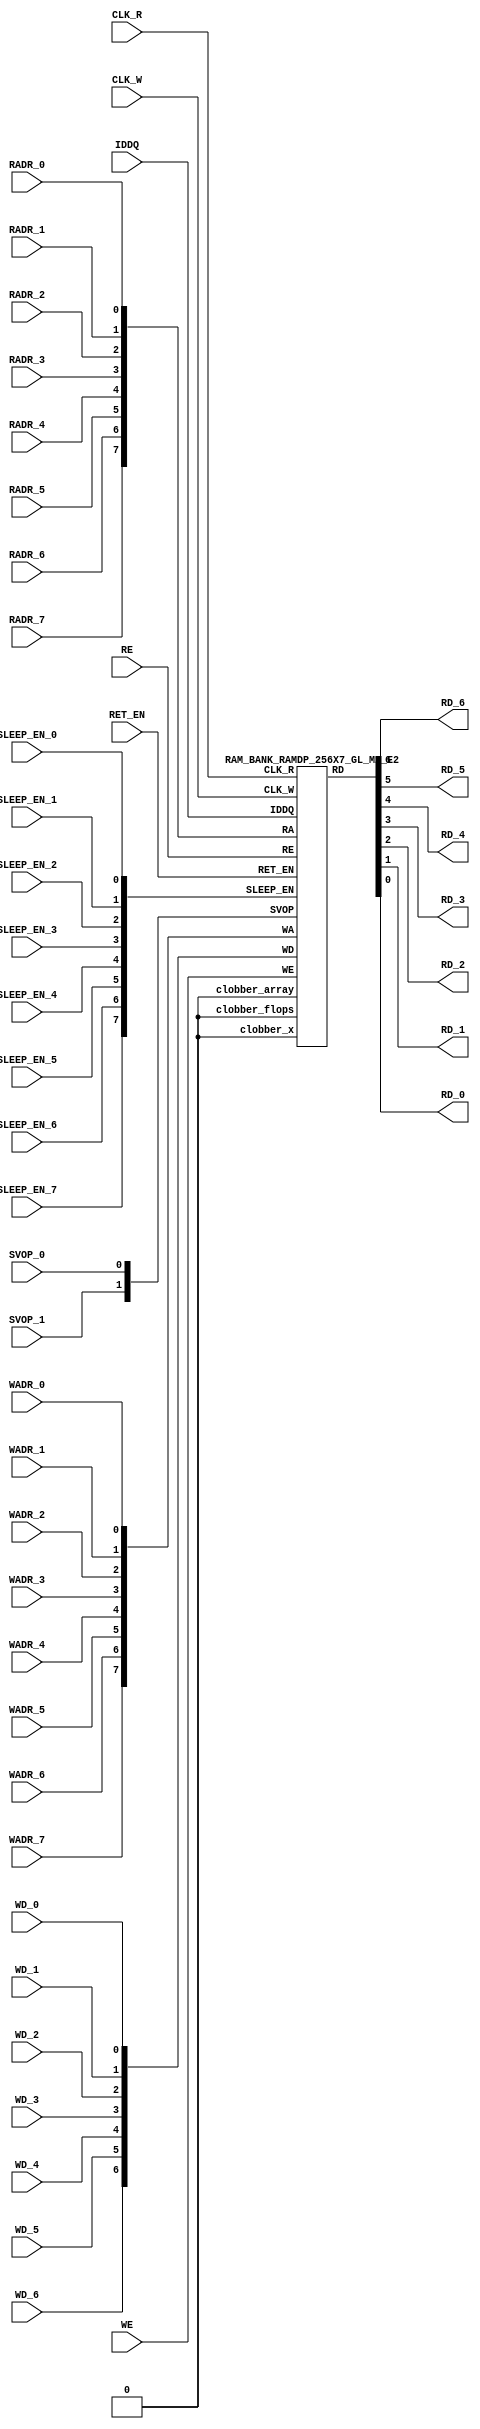
// ================================================================
// NVDLA Open Source Project
//
// Copyright(c) 2016 - 2017 NVIDIA Corporation. Licensed under the
// NVDLA Open Hardware License; Check "LICENSE" which comes with
// this distribution for more information.
// ================================================================
`timescale 10ps/1ps
`celldefine
module RAMDP_256X7_GL_M2_E2 (CLK_R, CLK_W, RE, WE
 , RADR_7, RADR_6, RADR_5, RADR_4, RADR_3, RADR_2, RADR_1, RADR_0
    , WADR_7, WADR_6, WADR_5, WADR_4, WADR_3, WADR_2, WADR_1, WADR_0
 , WD_6, WD_5, WD_4, WD_3, WD_2, WD_1, WD_0
 , RD_6, RD_5, RD_4, RD_3, RD_2, RD_1, RD_0
    , IDDQ
 , SVOP_1, SVOP_0
    , SLEEP_EN_7, SLEEP_EN_6, SLEEP_EN_5, SLEEP_EN_4, SLEEP_EN_3, SLEEP_EN_2, SLEEP_EN_1, SLEEP_EN_0, RET_EN
);
// nvProps NoBus SLEEP_EN_
`ifndef RAM_INTERFACE
`ifndef EMULATION
`ifndef SYNTHESIS
// Physical ram size defined as localparam
localparam phy_rows = 128;
localparam phy_cols = 14;
localparam phy_rcols_pos = 14'b0;
`endif //ndef SYNTHESIS
`endif //EMULATION
`endif //ndef RAM_INTERFACE
input CLK_R, CLK_W, RE, WE
 , RADR_7, RADR_6, RADR_5, RADR_4, RADR_3, RADR_2, RADR_1, RADR_0
    , WADR_7, WADR_6, WADR_5, WADR_4, WADR_3, WADR_2, WADR_1, WADR_0
 , WD_6, WD_5, WD_4, WD_3, WD_2, WD_1, WD_0
    , SLEEP_EN_7, SLEEP_EN_6, SLEEP_EN_5, SLEEP_EN_4, SLEEP_EN_3, SLEEP_EN_2, SLEEP_EN_1, SLEEP_EN_0, RET_EN
    , IDDQ
 , SVOP_1, SVOP_0;
output RD_6, RD_5, RD_4, RD_3, RD_2, RD_1, RD_0;
`ifndef RAM_INTERFACE
//assemble & rename wires
 wire [7:0] RA = {RADR_7, RADR_6, RADR_5, RADR_4, RADR_3, RADR_2, RADR_1, RADR_0};
 wire [7:0] WA = {WADR_7, WADR_6, WADR_5, WADR_4, WADR_3, WADR_2, WADR_1, WADR_0};
 wire [6:0] WD = {WD_6, WD_5, WD_4, WD_3, WD_2, WD_1, WD_0};
 wire [6:0] RD;
 assign {RD_6, RD_5, RD_4, RD_3, RD_2, RD_1, RD_0} = RD;
 wire [1:0] SVOP = {SVOP_1, SVOP_0};
    wire [7:0] SLEEP_EN = {SLEEP_EN_7, SLEEP_EN_6, SLEEP_EN_5, SLEEP_EN_4, SLEEP_EN_3, SLEEP_EN_2, SLEEP_EN_1, SLEEP_EN_0};
`ifndef EMULATION
`ifndef SYNTHESIS
//State point clobering signals:
    wire check_x = (SVOP_0 ^ SVOP_1);
    wire clobber_x;
    assign clobber_x = ((check_x === 1'bx) || (check_x === 1'bz)) ? 1'b1 : 1'b0;
    wire clobber_array = ((|SLEEP_EN) & ~RET_EN) | clobber_x;
    wire clobber_flops = (|SLEEP_EN) | clobber_x;
    integer i;
    always @(clobber_array) begin
      if (clobber_array) begin
      for (i=0; i<256; i=i+1) begin
          ITOP.io.array[i] <= 7'bx;
      end
      end
    end
//VCS coverage off
    always @(clobber_flops) begin
        if (clobber_flops) begin
        ITOP.we_lat <= 1'bx;
        ITOP.wa_lat <= 8'bx;
        ITOP.wd_lat <= 7'bx;
        ITOP.re_lat <= 1'bx;
        ITOP.ra_lat <= 8'bx;
        ITOP.io.r0_dout_tmp <= 7'b0;
        end
    end
//VCS coverage on
//VCS coverage off
`ifdef NV_RAM_ASSERT
//first reset signal for nv_assert_module:
    reg sim_reset;
    initial begin: init_sim_reset
        sim_reset = 0;
        #6 sim_reset = 1;
    end
    reg rst_clk;
    initial begin: init_rst_clk
        rst_clk = 0;
        #2 rst_clk = 1;
        #4 rst_clk = 0;
    end
//internal weclk|reclk gating signal:
    wire weclk_gating = ITOP.we_lat & ~IDDQ;
    wire reclk_gating = ITOP.re_lat & ~IDDQ;
//Assertion checks for power sequence of G-option RAMDP:
//weclk_gating after 2 clk
    reg weclk_gating_1p, weclk_gating_2p;
    always @(posedge CLK_W) begin
        weclk_gating_1p <= weclk_gating;
        weclk_gating_2p <= weclk_gating_1p;
    end
//reclk_gating after 2 clk
    reg reclk_gating_1p, reclk_gating_2p;
    always @(posedge CLK_R) begin
        reclk_gating_1p <= reclk_gating;
        reclk_gating_2p <= reclk_gating_1p;
    end
//RET_EN off after 2 CLK_W
    reg ret_en_w_1p, ret_en_w_2p;
    always @(posedge CLK_W or posedge RET_EN) begin
        if(RET_EN)
            begin
                ret_en_w_1p <= 1'b1;
                ret_en_w_2p <= 1'b1;
            end
        else
            begin
                ret_en_w_1p <= RET_EN;
                ret_en_w_2p <= ret_en_w_1p;
            end
    end
//RET_EN off after 2 CLK_R
    reg ret_en_r_1p, ret_en_r_2p;
    always @(posedge CLK_R or posedge RET_EN) begin
        if(RET_EN)
            begin
                ret_en_r_1p <= 1'b1;
                ret_en_r_2p <= 1'b1;
            end
        else
            begin
                ret_en_r_1p <= RET_EN;
                ret_en_r_2p <= ret_en_r_1p;
            end
    end
    wire sleep_en_or = (|SLEEP_EN) ;
//SLEEP_EN off after 2 CLK_W
    reg sleep_en_off_w_1p, sleep_en_off_w_2p;
    always @(posedge CLK_W or posedge sleep_en_or) begin
        if(sleep_en_or)
            begin
                sleep_en_off_w_1p <= 1'b1;
                sleep_en_off_w_2p <= 1'b1;
            end
        else
            begin
                sleep_en_off_w_1p <= sleep_en_or;
                sleep_en_off_w_2p <= sleep_en_off_w_1p;
            end
    end
//SLEEP_EN off after 2 CLK_R
    reg sleep_en_off_r_1p, sleep_en_off_r_2p;
    always @(posedge CLK_R or posedge sleep_en_or) begin
        if(sleep_en_or)
            begin
                sleep_en_off_r_1p <= 1'b1;
                sleep_en_off_r_2p <= 1'b1;
            end
        else
            begin
                sleep_en_off_r_1p <= |sleep_en_or;
                sleep_en_off_r_2p <= sleep_en_off_r_1p;
            end
    end
//#1 From function mode to retention mode:
//Power-S1.1:illegal assert RET_EN after asserting SLEEP_EN
    wire disable_power_assertion_S1P1 = $test$plusargs("disable_power_assertions_globally") | $test$plusargs("disable_power_assertion_assert_RET_EN_after_SLEEP_EN_on_when_function2retention");
    nv_assert_never #(0,0, "Power-S1.1:illegal assert RET_EN after asserting SLEEP_EN") inst_S1P1 (RET_EN ^ rst_clk, ~disable_power_assertion_S1P1 & sim_reset, (|SLEEP_EN));
//Power-S1.2:illegal assert RET_EN without 2 nop-CLK
    wire disable_power_assertion_S1P2 = $test$plusargs("disable_power_assertions_globally") | $test$plusargs("disable_power_assertion_assert_RET_EN_without_2_nop_CLK");
    nv_assert_never #(0,0, "Power-S1.2:illegal assert RET_EN without 2 nop-CLK") inst_S1P2 (RET_EN ^ rst_clk, ~disable_power_assertion_S1P2 & sim_reset, weclk_gating | weclk_gating_1p | weclk_gating_2p | reclk_gating | reclk_gating_1p | reclk_gating_2p);
//#2 From retention mode to function mode:
//Power-S2.1:illegal write without 2 nop-CLK after de-asserting RET_EN
    wire disable_power_assertion_S2P1 = $test$plusargs("disable_power_assertions_globally") | $test$plusargs("disable_power_assertion_write_without_2_nop_CLK_after_retention2function");
    nv_assert_never #(0,0, "Power-S2.1:illegal write without 2 nop-CLK after de-asserting RET_EN") inst_S2P1 (CLK_W ^ rst_clk, ~disable_power_assertion_S2P1 & sim_reset, ~RET_EN & ret_en_w_2p & weclk_gating);
//Power-S2.2:illegal read without 2 nop-CLK after de-asserting RET_EN
    wire disable_power_assertion_S2P2 = $test$plusargs("disable_power_assertions_globally") | $test$plusargs("disable_power_assertion_read_without_2_nop_CLK_after_retention2function");
    nv_assert_never #(0,0, "Power-S2.2:illegal read without 2 nop-CLK after de-asserting RET_EN") inst_S2P2 (CLK_R ^ rst_clk, ~disable_power_assertion_S2P2 & sim_reset, ~RET_EN & ret_en_r_2p & reclk_gating);
//#3 From function mode to sleep mode:
//Power-S3.2:illegal assert SLEEP_EN without 2 nop-CLK
    wire disable_power_assertion_S3P2 = $test$plusargs("disable_power_assertions_globally") | $test$plusargs("disable_power_assertion_assert_SLEEP_EN_without_2_nop_CLK");
    nv_assert_never #(0,0, "Power-S3.2:illegal assert SLEEP_EN without 2 nop-CLK") inst_S3P2 ((|SLEEP_EN) ^ rst_clk, ~disable_power_assertion_S3P2 & sim_reset, weclk_gating | weclk_gating_1p | weclk_gating_2p | reclk_gating | reclk_gating_1p | reclk_gating_2p);
//#4 From sleep mode to function mode:
//Power-S4.1:illegal write without 2 nop-CLK after switching from sleep mode to function mode
    wire disable_power_assertion_S4P1 = $test$plusargs("disable_power_assertions_globally") | $test$plusargs("disable_power_assertion_write_without_2_nop_CLK_after_sleep2function");
    nv_assert_never #(0,0, "Power-S4.1:illegal write without 2 nop-CLK after switching from sleep mode to function mode") inst_S4P1 (CLK_W ^ rst_clk, ~disable_power_assertion_S4P1 & sim_reset, ~(|SLEEP_EN) & sleep_en_off_w_2p & weclk_gating);
//Power-S4.2:illegal read without 2 nop-CLK after switching from sleep mode to function mode
    wire disable_power_assertion_S4P2 = $test$plusargs("disable_power_assertions_globally") | $test$plusargs("disable_power_assertion_read_without_2_nop_after_sleep2function");
    nv_assert_never #(0,0, "Power-S4.2:illegal read without 2 nop-CLK after switching from sleep mode to function mode") inst_S4P2 (CLK_R ^ rst_clk, ~disable_power_assertion_S4P2 & sim_reset, ~(|SLEEP_EN) & sleep_en_off_r_2p & reclk_gating);
`endif //NV_RAM_ASSERT
//VCS coverage on
`ifdef NV_RAM_EXPAND_ARRAY
  wire [7-1:0] Q_255 = ITOP.io.array[255];
  wire [7-1:0] Q_254 = ITOP.io.array[254];
  wire [7-1:0] Q_253 = ITOP.io.array[253];
  wire [7-1:0] Q_252 = ITOP.io.array[252];
  wire [7-1:0] Q_251 = ITOP.io.array[251];
  wire [7-1:0] Q_250 = ITOP.io.array[250];
  wire [7-1:0] Q_249 = ITOP.io.array[249];
  wire [7-1:0] Q_248 = ITOP.io.array[248];
  wire [7-1:0] Q_247 = ITOP.io.array[247];
  wire [7-1:0] Q_246 = ITOP.io.array[246];
  wire [7-1:0] Q_245 = ITOP.io.array[245];
  wire [7-1:0] Q_244 = ITOP.io.array[244];
  wire [7-1:0] Q_243 = ITOP.io.array[243];
  wire [7-1:0] Q_242 = ITOP.io.array[242];
  wire [7-1:0] Q_241 = ITOP.io.array[241];
  wire [7-1:0] Q_240 = ITOP.io.array[240];
  wire [7-1:0] Q_239 = ITOP.io.array[239];
  wire [7-1:0] Q_238 = ITOP.io.array[238];
  wire [7-1:0] Q_237 = ITOP.io.array[237];
  wire [7-1:0] Q_236 = ITOP.io.array[236];
  wire [7-1:0] Q_235 = ITOP.io.array[235];
  wire [7-1:0] Q_234 = ITOP.io.array[234];
  wire [7-1:0] Q_233 = ITOP.io.array[233];
  wire [7-1:0] Q_232 = ITOP.io.array[232];
  wire [7-1:0] Q_231 = ITOP.io.array[231];
  wire [7-1:0] Q_230 = ITOP.io.array[230];
  wire [7-1:0] Q_229 = ITOP.io.array[229];
  wire [7-1:0] Q_228 = ITOP.io.array[228];
  wire [7-1:0] Q_227 = ITOP.io.array[227];
  wire [7-1:0] Q_226 = ITOP.io.array[226];
  wire [7-1:0] Q_225 = ITOP.io.array[225];
  wire [7-1:0] Q_224 = ITOP.io.array[224];
  wire [7-1:0] Q_223 = ITOP.io.array[223];
  wire [7-1:0] Q_222 = ITOP.io.array[222];
  wire [7-1:0] Q_221 = ITOP.io.array[221];
  wire [7-1:0] Q_220 = ITOP.io.array[220];
  wire [7-1:0] Q_219 = ITOP.io.array[219];
  wire [7-1:0] Q_218 = ITOP.io.array[218];
  wire [7-1:0] Q_217 = ITOP.io.array[217];
  wire [7-1:0] Q_216 = ITOP.io.array[216];
  wire [7-1:0] Q_215 = ITOP.io.array[215];
  wire [7-1:0] Q_214 = ITOP.io.array[214];
  wire [7-1:0] Q_213 = ITOP.io.array[213];
  wire [7-1:0] Q_212 = ITOP.io.array[212];
  wire [7-1:0] Q_211 = ITOP.io.array[211];
  wire [7-1:0] Q_210 = ITOP.io.array[210];
  wire [7-1:0] Q_209 = ITOP.io.array[209];
  wire [7-1:0] Q_208 = ITOP.io.array[208];
  wire [7-1:0] Q_207 = ITOP.io.array[207];
  wire [7-1:0] Q_206 = ITOP.io.array[206];
  wire [7-1:0] Q_205 = ITOP.io.array[205];
  wire [7-1:0] Q_204 = ITOP.io.array[204];
  wire [7-1:0] Q_203 = ITOP.io.array[203];
  wire [7-1:0] Q_202 = ITOP.io.array[202];
  wire [7-1:0] Q_201 = ITOP.io.array[201];
  wire [7-1:0] Q_200 = ITOP.io.array[200];
  wire [7-1:0] Q_199 = ITOP.io.array[199];
  wire [7-1:0] Q_198 = ITOP.io.array[198];
  wire [7-1:0] Q_197 = ITOP.io.array[197];
  wire [7-1:0] Q_196 = ITOP.io.array[196];
  wire [7-1:0] Q_195 = ITOP.io.array[195];
  wire [7-1:0] Q_194 = ITOP.io.array[194];
  wire [7-1:0] Q_193 = ITOP.io.array[193];
  wire [7-1:0] Q_192 = ITOP.io.array[192];
  wire [7-1:0] Q_191 = ITOP.io.array[191];
  wire [7-1:0] Q_190 = ITOP.io.array[190];
  wire [7-1:0] Q_189 = ITOP.io.array[189];
  wire [7-1:0] Q_188 = ITOP.io.array[188];
  wire [7-1:0] Q_187 = ITOP.io.array[187];
  wire [7-1:0] Q_186 = ITOP.io.array[186];
  wire [7-1:0] Q_185 = ITOP.io.array[185];
  wire [7-1:0] Q_184 = ITOP.io.array[184];
  wire [7-1:0] Q_183 = ITOP.io.array[183];
  wire [7-1:0] Q_182 = ITOP.io.array[182];
  wire [7-1:0] Q_181 = ITOP.io.array[181];
  wire [7-1:0] Q_180 = ITOP.io.array[180];
  wire [7-1:0] Q_179 = ITOP.io.array[179];
  wire [7-1:0] Q_178 = ITOP.io.array[178];
  wire [7-1:0] Q_177 = ITOP.io.array[177];
  wire [7-1:0] Q_176 = ITOP.io.array[176];
  wire [7-1:0] Q_175 = ITOP.io.array[175];
  wire [7-1:0] Q_174 = ITOP.io.array[174];
  wire [7-1:0] Q_173 = ITOP.io.array[173];
  wire [7-1:0] Q_172 = ITOP.io.array[172];
  wire [7-1:0] Q_171 = ITOP.io.array[171];
  wire [7-1:0] Q_170 = ITOP.io.array[170];
  wire [7-1:0] Q_169 = ITOP.io.array[169];
  wire [7-1:0] Q_168 = ITOP.io.array[168];
  wire [7-1:0] Q_167 = ITOP.io.array[167];
  wire [7-1:0] Q_166 = ITOP.io.array[166];
  wire [7-1:0] Q_165 = ITOP.io.array[165];
  wire [7-1:0] Q_164 = ITOP.io.array[164];
  wire [7-1:0] Q_163 = ITOP.io.array[163];
  wire [7-1:0] Q_162 = ITOP.io.array[162];
  wire [7-1:0] Q_161 = ITOP.io.array[161];
  wire [7-1:0] Q_160 = ITOP.io.array[160];
  wire [7-1:0] Q_159 = ITOP.io.array[159];
  wire [7-1:0] Q_158 = ITOP.io.array[158];
  wire [7-1:0] Q_157 = ITOP.io.array[157];
  wire [7-1:0] Q_156 = ITOP.io.array[156];
  wire [7-1:0] Q_155 = ITOP.io.array[155];
  wire [7-1:0] Q_154 = ITOP.io.array[154];
  wire [7-1:0] Q_153 = ITOP.io.array[153];
  wire [7-1:0] Q_152 = ITOP.io.array[152];
  wire [7-1:0] Q_151 = ITOP.io.array[151];
  wire [7-1:0] Q_150 = ITOP.io.array[150];
  wire [7-1:0] Q_149 = ITOP.io.array[149];
  wire [7-1:0] Q_148 = ITOP.io.array[148];
  wire [7-1:0] Q_147 = ITOP.io.array[147];
  wire [7-1:0] Q_146 = ITOP.io.array[146];
  wire [7-1:0] Q_145 = ITOP.io.array[145];
  wire [7-1:0] Q_144 = ITOP.io.array[144];
  wire [7-1:0] Q_143 = ITOP.io.array[143];
  wire [7-1:0] Q_142 = ITOP.io.array[142];
  wire [7-1:0] Q_141 = ITOP.io.array[141];
  wire [7-1:0] Q_140 = ITOP.io.array[140];
  wire [7-1:0] Q_139 = ITOP.io.array[139];
  wire [7-1:0] Q_138 = ITOP.io.array[138];
  wire [7-1:0] Q_137 = ITOP.io.array[137];
  wire [7-1:0] Q_136 = ITOP.io.array[136];
  wire [7-1:0] Q_135 = ITOP.io.array[135];
  wire [7-1:0] Q_134 = ITOP.io.array[134];
  wire [7-1:0] Q_133 = ITOP.io.array[133];
  wire [7-1:0] Q_132 = ITOP.io.array[132];
  wire [7-1:0] Q_131 = ITOP.io.array[131];
  wire [7-1:0] Q_130 = ITOP.io.array[130];
  wire [7-1:0] Q_129 = ITOP.io.array[129];
  wire [7-1:0] Q_128 = ITOP.io.array[128];
  wire [7-1:0] Q_127 = ITOP.io.array[127];
  wire [7-1:0] Q_126 = ITOP.io.array[126];
  wire [7-1:0] Q_125 = ITOP.io.array[125];
  wire [7-1:0] Q_124 = ITOP.io.array[124];
  wire [7-1:0] Q_123 = ITOP.io.array[123];
  wire [7-1:0] Q_122 = ITOP.io.array[122];
  wire [7-1:0] Q_121 = ITOP.io.array[121];
  wire [7-1:0] Q_120 = ITOP.io.array[120];
  wire [7-1:0] Q_119 = ITOP.io.array[119];
  wire [7-1:0] Q_118 = ITOP.io.array[118];
  wire [7-1:0] Q_117 = ITOP.io.array[117];
  wire [7-1:0] Q_116 = ITOP.io.array[116];
  wire [7-1:0] Q_115 = ITOP.io.array[115];
  wire [7-1:0] Q_114 = ITOP.io.array[114];
  wire [7-1:0] Q_113 = ITOP.io.array[113];
  wire [7-1:0] Q_112 = ITOP.io.array[112];
  wire [7-1:0] Q_111 = ITOP.io.array[111];
  wire [7-1:0] Q_110 = ITOP.io.array[110];
  wire [7-1:0] Q_109 = ITOP.io.array[109];
  wire [7-1:0] Q_108 = ITOP.io.array[108];
  wire [7-1:0] Q_107 = ITOP.io.array[107];
  wire [7-1:0] Q_106 = ITOP.io.array[106];
  wire [7-1:0] Q_105 = ITOP.io.array[105];
  wire [7-1:0] Q_104 = ITOP.io.array[104];
  wire [7-1:0] Q_103 = ITOP.io.array[103];
  wire [7-1:0] Q_102 = ITOP.io.array[102];
  wire [7-1:0] Q_101 = ITOP.io.array[101];
  wire [7-1:0] Q_100 = ITOP.io.array[100];
  wire [7-1:0] Q_99 = ITOP.io.array[99];
  wire [7-1:0] Q_98 = ITOP.io.array[98];
  wire [7-1:0] Q_97 = ITOP.io.array[97];
  wire [7-1:0] Q_96 = ITOP.io.array[96];
  wire [7-1:0] Q_95 = ITOP.io.array[95];
  wire [7-1:0] Q_94 = ITOP.io.array[94];
  wire [7-1:0] Q_93 = ITOP.io.array[93];
  wire [7-1:0] Q_92 = ITOP.io.array[92];
  wire [7-1:0] Q_91 = ITOP.io.array[91];
  wire [7-1:0] Q_90 = ITOP.io.array[90];
  wire [7-1:0] Q_89 = ITOP.io.array[89];
  wire [7-1:0] Q_88 = ITOP.io.array[88];
  wire [7-1:0] Q_87 = ITOP.io.array[87];
  wire [7-1:0] Q_86 = ITOP.io.array[86];
  wire [7-1:0] Q_85 = ITOP.io.array[85];
  wire [7-1:0] Q_84 = ITOP.io.array[84];
  wire [7-1:0] Q_83 = ITOP.io.array[83];
  wire [7-1:0] Q_82 = ITOP.io.array[82];
  wire [7-1:0] Q_81 = ITOP.io.array[81];
  wire [7-1:0] Q_80 = ITOP.io.array[80];
  wire [7-1:0] Q_79 = ITOP.io.array[79];
  wire [7-1:0] Q_78 = ITOP.io.array[78];
  wire [7-1:0] Q_77 = ITOP.io.array[77];
  wire [7-1:0] Q_76 = ITOP.io.array[76];
  wire [7-1:0] Q_75 = ITOP.io.array[75];
  wire [7-1:0] Q_74 = ITOP.io.array[74];
  wire [7-1:0] Q_73 = ITOP.io.array[73];
  wire [7-1:0] Q_72 = ITOP.io.array[72];
  wire [7-1:0] Q_71 = ITOP.io.array[71];
  wire [7-1:0] Q_70 = ITOP.io.array[70];
  wire [7-1:0] Q_69 = ITOP.io.array[69];
  wire [7-1:0] Q_68 = ITOP.io.array[68];
  wire [7-1:0] Q_67 = ITOP.io.array[67];
  wire [7-1:0] Q_66 = ITOP.io.array[66];
  wire [7-1:0] Q_65 = ITOP.io.array[65];
  wire [7-1:0] Q_64 = ITOP.io.array[64];
  wire [7-1:0] Q_63 = ITOP.io.array[63];
  wire [7-1:0] Q_62 = ITOP.io.array[62];
  wire [7-1:0] Q_61 = ITOP.io.array[61];
  wire [7-1:0] Q_60 = ITOP.io.array[60];
  wire [7-1:0] Q_59 = ITOP.io.array[59];
  wire [7-1:0] Q_58 = ITOP.io.array[58];
  wire [7-1:0] Q_57 = ITOP.io.array[57];
  wire [7-1:0] Q_56 = ITOP.io.array[56];
  wire [7-1:0] Q_55 = ITOP.io.array[55];
  wire [7-1:0] Q_54 = ITOP.io.array[54];
  wire [7-1:0] Q_53 = ITOP.io.array[53];
  wire [7-1:0] Q_52 = ITOP.io.array[52];
  wire [7-1:0] Q_51 = ITOP.io.array[51];
  wire [7-1:0] Q_50 = ITOP.io.array[50];
  wire [7-1:0] Q_49 = ITOP.io.array[49];
  wire [7-1:0] Q_48 = ITOP.io.array[48];
  wire [7-1:0] Q_47 = ITOP.io.array[47];
  wire [7-1:0] Q_46 = ITOP.io.array[46];
  wire [7-1:0] Q_45 = ITOP.io.array[45];
  wire [7-1:0] Q_44 = ITOP.io.array[44];
  wire [7-1:0] Q_43 = ITOP.io.array[43];
  wire [7-1:0] Q_42 = ITOP.io.array[42];
  wire [7-1:0] Q_41 = ITOP.io.array[41];
  wire [7-1:0] Q_40 = ITOP.io.array[40];
  wire [7-1:0] Q_39 = ITOP.io.array[39];
  wire [7-1:0] Q_38 = ITOP.io.array[38];
  wire [7-1:0] Q_37 = ITOP.io.array[37];
  wire [7-1:0] Q_36 = ITOP.io.array[36];
  wire [7-1:0] Q_35 = ITOP.io.array[35];
  wire [7-1:0] Q_34 = ITOP.io.array[34];
  wire [7-1:0] Q_33 = ITOP.io.array[33];
  wire [7-1:0] Q_32 = ITOP.io.array[32];
  wire [7-1:0] Q_31 = ITOP.io.array[31];
  wire [7-1:0] Q_30 = ITOP.io.array[30];
  wire [7-1:0] Q_29 = ITOP.io.array[29];
  wire [7-1:0] Q_28 = ITOP.io.array[28];
  wire [7-1:0] Q_27 = ITOP.io.array[27];
  wire [7-1:0] Q_26 = ITOP.io.array[26];
  wire [7-1:0] Q_25 = ITOP.io.array[25];
  wire [7-1:0] Q_24 = ITOP.io.array[24];
  wire [7-1:0] Q_23 = ITOP.io.array[23];
  wire [7-1:0] Q_22 = ITOP.io.array[22];
  wire [7-1:0] Q_21 = ITOP.io.array[21];
  wire [7-1:0] Q_20 = ITOP.io.array[20];
  wire [7-1:0] Q_19 = ITOP.io.array[19];
  wire [7-1:0] Q_18 = ITOP.io.array[18];
  wire [7-1:0] Q_17 = ITOP.io.array[17];
  wire [7-1:0] Q_16 = ITOP.io.array[16];
  wire [7-1:0] Q_15 = ITOP.io.array[15];
  wire [7-1:0] Q_14 = ITOP.io.array[14];
  wire [7-1:0] Q_13 = ITOP.io.array[13];
  wire [7-1:0] Q_12 = ITOP.io.array[12];
  wire [7-1:0] Q_11 = ITOP.io.array[11];
  wire [7-1:0] Q_10 = ITOP.io.array[10];
  wire [7-1:0] Q_9 = ITOP.io.array[9];
  wire [7-1:0] Q_8 = ITOP.io.array[8];
  wire [7-1:0] Q_7 = ITOP.io.array[7];
  wire [7-1:0] Q_6 = ITOP.io.array[6];
  wire [7-1:0] Q_5 = ITOP.io.array[5];
  wire [7-1:0] Q_4 = ITOP.io.array[4];
  wire [7-1:0] Q_3 = ITOP.io.array[3];
  wire [7-1:0] Q_2 = ITOP.io.array[2];
  wire [7-1:0] Q_1 = ITOP.io.array[1];
  wire [7-1:0] Q_0 = ITOP.io.array[0];
`endif //def NV_RAM_EXPAND_ARRAY
//VCS coverage off
`ifdef MONITOR
task monitor_on;
    begin
        ITOP.io.monitor_on = 1'b1;
    end
endtask
task monitor_off;
    begin
        ITOP.io.monitor_on = 1'b0;
        ITOP.io.dump_monitor_result = 1'b1;
    end
endtask
`endif//def MONITOR
//VCS coverage on
//VCS coverage off
task mem_fill_value;
input fill_bit;
integer i;
begin
    for (i=0; i<256; i=i+1) begin
     ITOP.io.array[i] = {7{fill_bit}};
    end
end
endtask
task mem_fill_random;
integer i;
integer j;
reg [6:0] val;
begin
    for (j=0; j<256; j=j+1) begin
        for (i=0; i<7; i=i+1) begin
            val[i] = {$random};
        end
     ITOP.io.array[j] = val;
    end
end
endtask
task mem_write;
  input [7:0] addr;
  input [6:0] data;
  begin
     ITOP.io.mem_wr_raw(addr,data);
  end
endtask
function [6:0] mem_read;
  input [7:0] addr;
  begin
 mem_read = ITOP.io.mem_read_raw(addr);
  end
endfunction
task force_rd;
  input [7:0] addr;
  begin
 ITOP.io.r0_dout_tmp = ITOP.io.array[addr];
  end
endtask
`ifdef MEM_PHYS_INFO
task mem_phys_write;
  input [7-1:0] addr;
  input [13:0] data;
  reg [6:0] wd0, wd1;
  integer i;
  begin
   for (i=0; i<7; i=i+1) begin
    wd0[i] = data[i*2];
    wd1[i] = data[i*2+1];
   end
   ITOP.io.mem_wr_raw({addr[7-1:0], 1'b0}, wd0);
   ITOP.io.mem_wr_raw({addr[7-1:0], 1'b1}, wd1);
  end
endtask
function [13:0] mem_phys_read_padr;
   input [7-1:0] addr;
   reg [13:0] data;
   reg [6:0] rd0, rd1;
   integer i;
   begin
     rd0 = ITOP.io.mem_read_raw({addr[7-1:0], 1'b0});
     rd1 = ITOP.io.mem_read_raw({addr[7-1:0], 1'b1});
     for (i=0; i<=6; i=i+1) begin
     data[i*2] = rd0[i];
     data[i*2+1] = rd1[i];
    end
    mem_phys_read_padr = data;
  end
endfunction
function [7-1:0] mem_log_to_phys_adr;
    input [7:0] addr;
    begin
    mem_log_to_phys_adr = addr[7:1];
    end
endfunction
function [13:0] mem_phys_read_pmasked;
   input [7:0] addr;
   reg [13:0] data;
   reg [6:0] rd0, rd1;
   integer i;
   begin
      case (addr[0])
           1'b0: begin
                     rd0 = ITOP.io.mem_read_raw(addr);
                     rd1 = 7'bx;
                  end
           1'b1: begin
                     rd0 = 7'bx;
                     rd1 = ITOP.io.mem_read_raw(addr);
                  end
      endcase
      for (i=0; i<=6; i=i+1) begin
       data[i*2] = rd0[i];
       data[i*2+1] = rd1[i];
      end
      mem_phys_read_pmasked = data;
  end
endfunction
function [13:0] mem_phys_read_ladr;
  input [7:0] addr;
  begin
 mem_phys_read_ladr = mem_phys_read_padr(mem_log_to_phys_adr(addr));
  end
endfunction
`endif //def MEM_PHYS_INFO
`ifdef FAULT_INJECTION
task mem_fault_no_write;
  input [6:0] fault_mask;
   begin
    ITOP.io.mem_fault_no_write(fault_mask);
  end
endtask
task mem_fault_stuck_0;
  input [6:0] fault_mask;
  integer i;
   begin
    ITOP.io.mem_fault_stuck_0(fault_mask);
   end
endtask
task mem_fault_stuck_1;
  input [6:0] fault_mask;
  integer i;
   begin
    ITOP.io.mem_fault_stuck_1(fault_mask);
  end
endtask
task set_bit_fault_stuck_0;
  input r;
  input c;
  integer r;
  integer c;
    ITOP.io.set_bit_fault_stuck_0(r,c);
endtask
task set_bit_fault_stuck_1;
  input r;
  input c;
  integer r;
  integer c;
    ITOP.io.set_bit_fault_stuck_1(r,c);
endtask
task clear_bit_fault_stuck_0;
  input r;
  input c;
  integer r;
  integer c;
    ITOP.io.clear_bit_fault_stuck_0(r,c);
endtask
task clear_bit_fault_stuck_1;
  input r;
  input c;
  integer r;
  integer c;
    ITOP.io.clear_bit_fault_stuck_1(r,c);
endtask
//VCS coverage on
`endif //def FAULT_INJECTION
`else //def SYNTHESIS
    wire clobber_x;
    assign clobber_x = 1'b0;
    wire clobber_array = 1'b0;
    wire clobber_flops = 1'b0;
`endif //ndef SYNTHESIS
//instantiate memory bank
 RAM_BANK_RAMDP_256X7_GL_M2_E2 ITOP (
  .RE(RE),
  .WE(WE),
  .RA(RA),
  .WA(WA),
  .CLK_R(CLK_R),
  .CLK_W(CLK_W),
  .IDDQ(IDDQ),
  .SVOP(SVOP),
  .WD(WD),
  .RD(RD),
  .SLEEP_EN(SLEEP_EN),
        .RET_EN(RET_EN),
        .clobber_flops(clobber_flops),
        .clobber_array(clobber_array),
        .clobber_x(clobber_x)
 );
//VCS coverage off
`else //def EMULATION
// Simple emulation model without MBIST, SCAN or REDUNDANCY
//common part for write
     reg we_ff;
        reg [7:0] wa_ff;
        reg [6:0] wd_ff;
     always @(posedge CLK_W) begin // spyglass disable W391
                we_ff <= WE;
                wa_ff <= WA;
                wd_ff <= WD;
     end
//common part for read
     reg re_lat;
        always @(*) begin
      if (!CLK_R) begin
                re_lat <= RE; // spyglass disable W18
      end
     end
     wire reclk = CLK_R & re_lat;
     reg [7:0] ra_ff;
     always @(posedge CLK_R) begin // spyglass disable W391
       ra_ff <= RA;
     end
        reg [6:0] dout;
        assign RD = dout;
//memory array
     reg [6:0] array[0:255];
     always @(negedge CLK_W ) begin
            if (we_ff) begin
       array[wa_ff] <= wd_ff; // spyglass disable SYNTH_5130
            end
     end
     always @(*) begin
      if (reclk) begin
       dout <= array[ra_ff]; // spyglass disable SYNTH_5130, W18
      end
     end
// End of the simple emulation model
`endif //def EMULATION
//VCS coverage on
`endif //ndef RAM_INTERFACE
endmodule
`endcelldefine
/////////////////////////////////////////////////////////////////////////////////////////////////////////////////////////////////
/////////////////////////////// memory bank block : defines internal logic of the RAMDP /////////////////////////////////////////
/////////////////////////////////////////////////////////////////////////////////////////////////////////////////////////////////
`ifndef RAM_INTERFACE
`ifndef EMULATION
module RAM_BANK_RAMDP_256X7_GL_M2_E2 (RE, WE, RA, WA, CLK_R, CLK_W, IDDQ, SVOP, WD, RD, SLEEP_EN, RET_EN, clobber_flops, clobber_array, clobber_x
);
input RET_EN;
input RE, WE, CLK_R, CLK_W, IDDQ;
input [7:0] RA, WA;
input [6:0] WD;
input [1:0] SVOP;
input [7:0] SLEEP_EN;
input clobber_flops, clobber_array, clobber_x;
output [6:0] RD;
//State point clobering signals:
    wire output_valid = ~(clobber_x | (|SLEEP_EN));
    wire clamp_o = SLEEP_EN[7] | RET_EN;
//common part for write
    wire clk_w_iddq = CLK_W & ~IDDQ & ~clamp_o;
 reg we_lat;
 always @(*) begin
  if (!clk_w_iddq & !clobber_flops) begin
   we_lat <= WE; // spyglass disable W18, IntClock
  end
 end
// weclk with posedge 1 dly | negedge 2 dly
    wire weclk, weclk_d0, weclk_d1, weclk_d2;
    assign weclk_d0 = clk_w_iddq & we_lat & ~clobber_flops & ~clobber_array;
    assign #1 weclk_d1 = weclk_d0;
    assign #1 weclk_d2 = weclk_d1;
    assign weclk = weclk_d1 | weclk_d2; // spyglass disable GatedClock
// wadclk with posedge 0 dly | negedge 3 dly
    wire wadclk, wadclk_d0, wadclk_d1, wadclk_d2, wadclk_d3;
    assign wadclk_d0 = clk_w_iddq & we_lat;
    assign #1 wadclk_d1 = wadclk_d0;
    assign #1 wadclk_d2 = wadclk_d1;
    assign #1 wadclk_d3 = wadclk_d2;
    assign wadclk = wadclk_d0 | wadclk_d1 | wadclk_d2 | wadclk_d3;
// wdclk with posedge 0 dly | negedge 3 dly
    wire wdclk, wdclk_d0, wdclk_d1, wdclk_d2, wdclk_d3;
    assign wdclk_d0 = clk_w_iddq & we_lat;
    assign #1 wdclk_d1 = wdclk_d0;
    assign #1 wdclk_d2 = wdclk_d1;
    assign #1 wdclk_d3 = wdclk_d2;
    assign wdclk = wdclk_d0 | wdclk_d1 | wdclk_d2 | wdclk_d3;
    reg [7:0] wa_lat;
 always @(*) begin
  if (!wadclk & !clobber_flops) begin
   wa_lat <= WA; // spyglass disable W18, IntClock
  end
 end
 reg [6:0] wd_lat;
 always @(*) begin
  if (!wdclk & !clobber_flops) begin
   wd_lat <= WD; // spyglass disable W18, IntClock
  end
 end
//common part for read
 reg re_lat;
 always @(*) begin
  if (!CLK_R & !clobber_flops) begin
   re_lat <= RE; // spyglass disable W18, IntClock
  end
 end
// reclk with posedge 1 dly | negedge 0 dly
    wire reclk, reclk_d0, reclk_d1;
    assign reclk_d0 = CLK_R & ~IDDQ & re_lat & ~clamp_o;
    assign #1 reclk_d1 = reclk_d0;
    assign reclk = reclk_d0 & reclk_d1; // spyglass disable GatedClock
// radclk with posedge 0 dly | negedge 1 dly
    wire radclk, radclk_d0, radclk_d1;
    assign radclk_d0 = CLK_R & ~IDDQ & re_lat & ~clamp_o;
    assign #1 radclk_d1 = radclk_d0;
    assign radclk = radclk_d0 | radclk_d1;
 reg [7:0] ra_lat;
 always @(*) begin
  if (!radclk & !clobber_flops) begin
   ra_lat <= RA; // spyglass disable W18, IntClock
  end
 end
 wire [6:0] dout;
 assign RD = clamp_o ? 7'b0 : (output_valid ? dout : 7'bx); //spyglass disable STARC-2.10.1.6
//for E-option RAM
 vram_RAMDP_256X7_GL_M2_E2 # (256, 7, 8) io (
  .w0_addr(wa_lat),
  .w0_clk(weclk),
  .w0_bwe({7{1'b1}}),
  .w0_din(wd_lat),
  .r0_addr(ra_lat),
  .r0_clk(reclk),
  .r0_dout(dout),
        .clamp_o(clamp_o)
 );
endmodule
`endif //ndef EMULATION
`endif //ndef RAM_INTERFACE
/////////////////////////////////////////////////////////////////////////////////////////////////////////////////////////////////
///////////////////////////////  ram primitive : defines 2D behavioral memory array of the RAMDP ////////////////////////////////
/////////////////////////////////////////////////////////////////////////////////////////////////////////////////////////////////
`ifndef RAM_INTERFACE
`ifndef EMULATION
module vram_RAMDP_256X7_GL_M2_E2 (
 w0_addr,
 w0_clk,
 w0_bwe,
 w0_din,
 r0_addr,
 r0_clk,
 r0_dout,
    clamp_o
);
parameter words = 256;
parameter bits = 7;
parameter addrs = 8;
input [addrs-1:0] w0_addr;
input w0_clk;
input [bits-1:0] w0_din;
input [bits-1:0] w0_bwe;
input [addrs-1:0] r0_addr;
input r0_clk;
input clamp_o;
output [bits-1:0] r0_dout;
integer a;
`ifndef SYNTHESIS
`ifdef FAULT_INJECTION
// regs for inducing faults
 reg [bits-1:0] fault_no_write; // block writes to this column
 reg [bits-1:0] fault_stuck_0; // column always reads as 0
 reg [bits-1:0] fault_stuck_1; // column always reads as 1
 reg [bits-1:0] bit_fault_stuck_0[0:words-1]; // column always reads as 0
 reg [bits-1:0] bit_fault_stuck_1[0:words-1]; // column always reads as 1
 initial begin : init_bit_fault_stuck
   integer i;
   integer j;
   fault_no_write = {bits{1'b0}};
   fault_stuck_0 = {bits{1'b0}};
   fault_stuck_1 = {bits{1'b0}};
   for (i=0; i<=words; i=i+1) begin
       bit_fault_stuck_0[i] = {bits{1'b0}};
       bit_fault_stuck_1[i] = {bits{1'b0}};
   end
 end
`endif //def FAULT_INJECTION
`ifdef MONITOR
//VCS coverage off
// monitor variables
reg monitor_on;
reg dump_monitor_result;
// this monitors coverage including redundancy cols
// 1'bx = not accessed
// 1'b0 = accessed as a 0
// 1'b1 = accessed as a 1
// 1'bz = accessed as both 0 and 1
reg [bits-1:0] bit_written[0:words-1];
reg [bits-1:0] bit_read[0:words-1];
initial begin : init_monitor
  monitor_on = 1'b0;
  dump_monitor_result = 1'b0;
  for(a=0;a<words;a=a+1) begin
      bit_written[a] = {bits{1'bx}};
      bit_read[a] = {bits{1'bx}};
  end
end
always @(dump_monitor_result) begin : dump_monitor
    integer r;
 integer c;
    integer b;
 reg [14-1:0] tmp_row;
     if (dump_monitor_result == 1'b1) begin
      $display("Exercised coverage summary:");
      $display("\t%m bits not written as 0:");
      for (r=0; r<128; r=r+1) begin
          for (b=0; b<bits; b=b+1) begin
                        tmp_row[b*2+0] = bit_written[r*2+0][b];
                        tmp_row[b*2+1] = bit_written[r*2+1][b];
                    end
       for (c=0; c<14; c=c+1) begin
        if (tmp_row[c] !== 1'b0 && tmp_row[c] !== 1'bz) $display("\t\t[row,col] [%d,%d]", r, c);
       end
      end
            $display("\t%m bits not written as 1:");
      for (r=0; r<128; r=r+1) begin
          for (b=0; b<bits; b=b+1) begin
                        tmp_row[b*2+0] = bit_written[r*2+0][b];
                        tmp_row[b*2+1] = bit_written[r*2+1][b];
                    end
       for (c=0; c<14; c=c+1) begin
        if (tmp_row[c] !== 1'b1 && tmp_row[c] !== 1'bz) $display("\t\t[row,col] [%d,%d]", r, c);
       end
      end
      $display("\t%m bits not read as 0:");
      for (r=0; r<128; r=r+1) begin
          for (b=0; b<bits; b=b+1) begin
                        tmp_row[b*2+0] = bit_read[r*2+0][b];
                        tmp_row[b*2+1] = bit_read[r*2+1][b];
                    end
       for (c=0; c<14; c=c+1) begin
        if (tmp_row[c] !== 1'b0 && tmp_row[c] !== 1'bz) $display("\t\t[row,col] [%d,%d]", r, c);
       end
      end
      $display("\t%m bits not read as 1:");
      for (r=0; r<128; r=r+1) begin
          for (b=0; b<bits; b=b+1) begin
                        tmp_row[b*2+0] = bit_read[r*2+0][b];
                        tmp_row[b*2+1] = bit_read[r*2+1][b];
                    end
       for (c=0; c<14; c=c+1) begin
        if (tmp_row[c] !== 1'b1 && tmp_row[c] !== 1'bz) $display("\t\t[row,col] [%d,%d]", r, c);
       end
      end
        end
 dump_monitor_result = 1'b0;
end
//VCS coverage on
`endif //MONITOR
`endif //ndef SYNTHESIS
//memory array
 reg [bits-1:0] array[0:words-1];
// Bit write enable
`ifndef SYNTHESIS
    `ifdef FAULT_INJECTION
        wire [bits-1:0] bwe_with_fault = w0_bwe & ~fault_no_write;
        wire [bits-1:0] re_with_fault = ~(bit_fault_stuck_1[r0_addr] | bit_fault_stuck_0[r0_addr]);
    `else
        wire [bits-1:0] bwe_with_fault = w0_bwe;
        wire [bits-1:0] re_with_fault = {bits{1'b1}};
    `endif //def FAULT_INJECTION
`else
    wire [bits-1:0] bwe_with_fault = w0_bwe;
`endif //SYNTHESIS
//write function
    wire [bits-1:0] bitclk = {bits{w0_clk}} & bwe_with_fault;
    genvar idx;
    generate
        for (idx=0; idx<bits; idx=idx+1)
        begin : write
            always @(bitclk[idx] or w0_clk or w0_addr or w0_din[idx])
            begin
                if (bitclk[idx] && w0_clk)
                begin
                    array[w0_addr][idx] <= w0_din[idx]; // spyglass disable SYNTH_5130, W18
                    `ifndef SYNTHESIS
                    `ifdef MONITOR
//VCS coverage off
                    if (monitor_on) begin
         case (bit_written[w0_addr][idx])
             1'bx: bit_written[w0_addr][idx] = w0_din[idx];
             1'b0: bit_written[w0_addr][idx] = w0_din[idx] == 1 ? 1'bz : 1'b0;
             1'b1: bit_written[w0_addr][idx] = w0_din[idx] == 0 ? 1'bz : 1'b1;
             1'bz: bit_written[w0_addr][idx] = 1'bz;
         endcase
                    end
//VCS coverage on
                    `endif //MONITOR	    
                    `endif //SYNTHESIS	
                end
            end
        end
    endgenerate
//read function
 wire [bits-1:0] r0_arr;
`ifndef SYNTHESIS
    `ifdef FAULT_INJECTION
     assign r0_arr = (array[r0_addr] | bit_fault_stuck_1[r0_addr]) & ~bit_fault_stuck_0[r0_addr]; //read fault injection
    `else
     assign r0_arr = array[r0_addr];
    `endif //def FAULT_INJECTION
`else
    assign r0_arr = array[r0_addr]; // spyglass disable SYNTH_5130
`endif //def SYNTHESIS
    wire r0_clk_d0p1, r0_clk_read, r0_clk_reset_collision;
    assign #0.1 r0_clk_d0p1 = r0_clk;
    assign r0_clk_read = r0_clk_d0p1 & r0_clk; // spyglass disable GatedClock
    assign r0_clk_reset_collision = r0_clk | r0_clk_d0p1; // spyglass disable W402b
`ifndef SYNTHESIS
`ifdef MONITOR
//VCS coverage off
    always @(r0_clk_read) begin
        if (monitor_on) begin
            for (a=0; a<bits; a=a+1) begin
             if (re_with_fault[a] && r0_clk_read) begin
                 case (bit_read[r0_addr][a])
               1'bx: bit_read[r0_addr][a] = array[r0_addr][a];
            1'b0: bit_read[r0_addr][a] = array[r0_addr][a] == 1 ? 1'bz : 1'b0;
            1'b1: bit_read[r0_addr][a] = array[r0_addr][a] == 0 ? 1'bz : 1'b1;
            1'bz: bit_read[r0_addr][a] = 1'bz;
              endcase
             end
         end
        end
    end
//VCS coverage on
`endif //MONITOR
`endif //SYNTHESIS
 reg [bits-1:0] collision_ff;
    wire [bits-1:0] collision_ff_clk = {bits{w0_clk}} & {bits{r0_clk_read}} & {bits{r0_addr==w0_addr}} & bwe_with_fault; //spyglass disable GatedClock
    genvar bw;
    generate
        for (bw=0; bw<bits; bw=bw+1)
        begin : collision
         always @(posedge collision_ff_clk[bw] or negedge r0_clk_reset_collision) begin
                if (!r0_clk_reset_collision)
                    begin
                        collision_ff[bw] <= 1'b0;
                    end
                else
                    begin
                        collision_ff[bw] <= 1'b1;
                    end
            end
        end
    endgenerate
 reg [bits-1:0] r0_dout_tmp;
 always @(*)
 begin
     if (r0_clk_read) begin
            for (a=0; a<bits; a=a+1) begin
                r0_dout_tmp[a] <= ( collision_ff[a] | (r0_addr==w0_addr & w0_clk & bwe_with_fault[a]) ) ? 1'bx : r0_arr[a] & ~clamp_o; //spyglass disable STARC-2.10.1.6, W18
            end
        end
    end
    wire [bits-1:0] r0_dout = r0_dout_tmp & {bits{~clamp_o}};
`ifndef SYNTHESIS
//VCS coverage off
task mem_wr_raw;
  input [addrs-1:0] addr;
  input [bits-1:0] data;
  begin
    array[addr] = data;
  end
endtask
function [bits-1:0] mem_read_raw;
input [addrs-1:0] addr;
 mem_read_raw = array[addr];
endfunction
`ifdef FAULT_INJECTION
// induce faults on columns
task mem_fault_no_write;
  input [bits-1:0] fault_mask;
   begin
    fault_no_write = fault_mask;
  end
endtask
task mem_fault_stuck_0;
  input [bits-1:0] fault_mask;
  integer i;
   begin
    for ( i=0; i<words; i=i+1 ) begin
      bit_fault_stuck_0[i] = fault_mask;
    end
  end
endtask
task mem_fault_stuck_1;
  input [bits-1:0] fault_mask;
  integer i;
   begin
    for ( i=0; i<words; i=i+1 ) begin
      bit_fault_stuck_1[i] = fault_mask;
    end
  end
endtask
task set_bit_fault_stuck_0;
  input r;
  input c;
  integer r;
  integer c;
  bit_fault_stuck_0[r][c] = 1;
endtask
task set_bit_fault_stuck_1;
  input r;
  input c;
  integer r;
  integer c;
  bit_fault_stuck_1[r][c] = 1;
endtask
task clear_bit_fault_stuck_0;
  input r;
  input c;
  integer r;
  integer c;
  bit_fault_stuck_0[r][c] = 0;
endtask
task clear_bit_fault_stuck_1;
  input r;
  input c;
  integer r;
  integer c;
  bit_fault_stuck_1[r][c] = 0;
endtask
//VCS coverage on
`endif //def FAULT_INJECTION
`endif //ndef SYNTHESIS
endmodule
`endif //ndef EMULATION
`endif //ndef RAM_INTERFACE